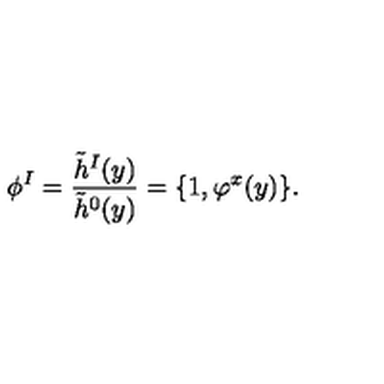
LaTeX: \phi ^ { I } = { \frac { \tilde { h } ^ { I } ( y ) } { \tilde { h } ^ { 0 } ( y ) } } = \{ 1 , \varphi ^ { x } ( y ) \} .